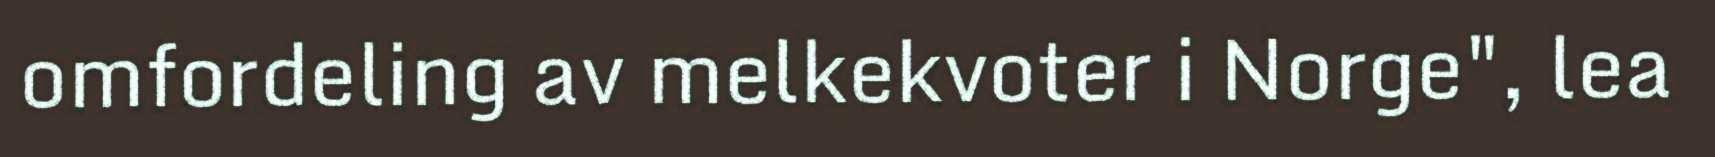
omfordeling av melkekvoter i Norge", lea